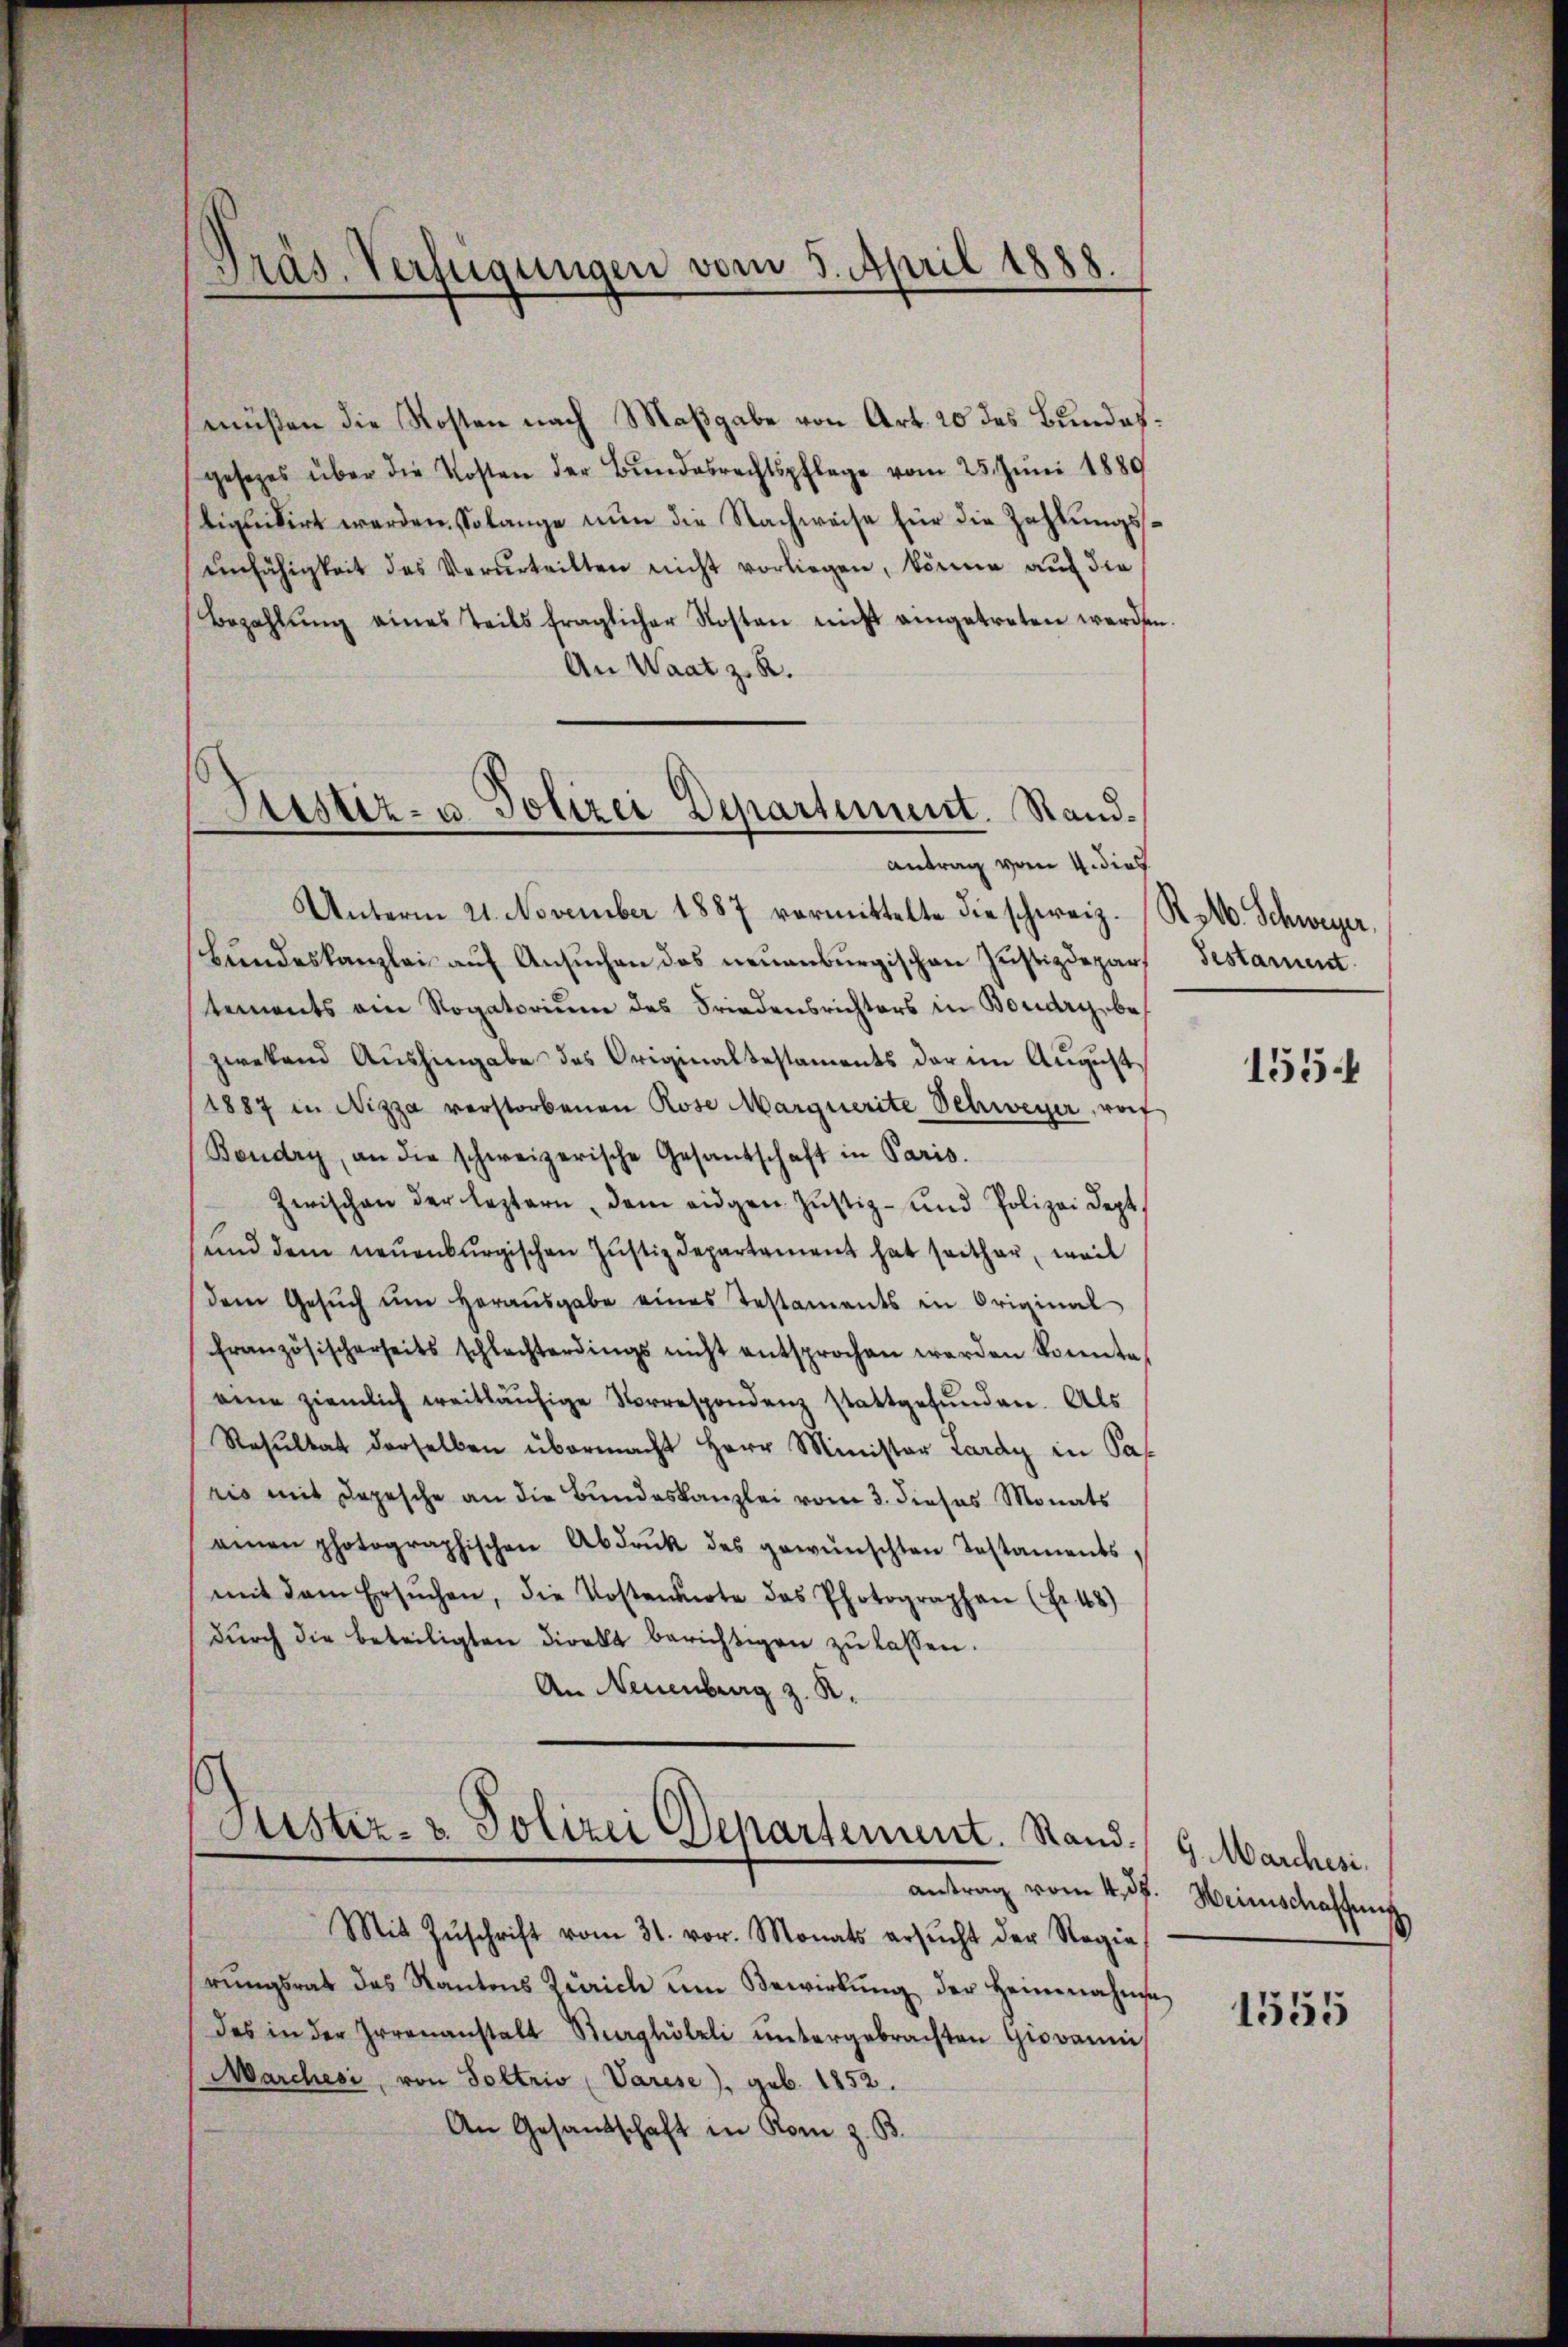
Präs. Verfügungen vom 8. April 1888.

müßen die Kosten nach Maßgabe von Art. 20 des Bundesgesezes über die Kosten der Bundesrechtspflege vom 25. Juni 1889
tiquidirt werden, solange nŭn die Nachweise für die Zahlŭngsseinfähigkeit des Verurteilten nicht vorliegen, könne auf die
Bezahlŭng eines Teils fraglicher Kosten nicht angetreten werden.
An Waat z. R.
Sistiz- & Polizei Departement. Stand¬

antrag vom 4. dies

Unterm 21. November 1887 vormittelte die schweiz. Rob. Schweyer,
Bŭndeskanzlei aŭf Ansŭchen das neuenburgischen Justizdepartements am Rogatorium des Friedensrichters in Boudry, bezwekend Aushingabe des Originaltestaments der im August
1887 in Nizza verstorbenen Rose Marquerite Schweger, vorf
Bondry, an die schweizerische Gesantschaft in Paris.
Zwischen der leztern, dem eidgen Justiz- und Polizei dept
und dem neuenburgischen Justizdepartement hat seither, weil
dem Gesŭch ŭm Heraŭsgabe eines Testaments in Original
französischerseits schlechterdings nicht entsprochen werden konnte.
eine ziemlich weitläufige Vorrespondenz stattgefŭnden. Als
Resultat derselben übermacht Herr Minister Lardy in Pas
ris mit Depesche an die Bundeskanzlei vom 3. dieses Monats
einen photographischen Abdrŭk des gewünschten Testaments,
mit dem Ersŭchen, die Kostennote das Photographen (Fr. 48)
dŭrch die beteiligten Direkt berichtigen zŭ lassen.
An Neuenburg z. R.

Justiz- & Polizei Departement. Stand.

Mit Zŭschrift vom 31. vor. Monats ersŭcht der Regie
rŭngsrat des Kantons Zürich um Bewirkŭng der Heinnahme
das in der Irrenanstalt Burghölzli ŭntergebrachten Giovanni
Marchesi, von Soltrio Varese), geb. 1852.
An Gesandschaft in Rom z. B.

Gestament

155

9. Marchesi.
antrag vom 4. ds. Weinschaffung

1355